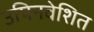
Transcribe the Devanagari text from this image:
उपिनवेशित